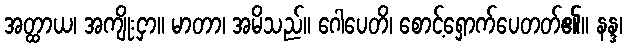
အတ္ထာယ၊ အကျိုးငှာ။ မာတာ၊ အမိသည်။ ဂေါပေတိ၊ စောင့်ရှောက်ပေတတ်၏။ နန္ဒ၊